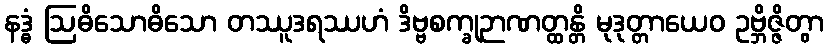
နဒ္ဓံ ဩဓိသောဓိသော တဿူဒရဿဟံ ဒိဗ္ဗစက္ခုဉာဏတ္ထန္တိ မုဒုတ္တာယေဝ ဥဗ္ဘိဇ္ဇိတွာ